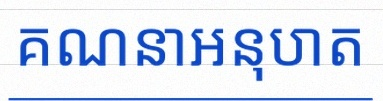
គណនាអនុបាត